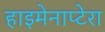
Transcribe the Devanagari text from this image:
हाइमेनाप्टेरा